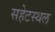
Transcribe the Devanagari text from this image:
सहेटस्थल